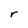
Character: r